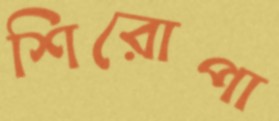
শিরোপা